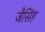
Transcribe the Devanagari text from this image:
जैसिंह